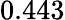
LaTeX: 0.443